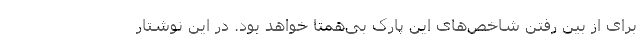
برای از بین رفتن شاخص‌های این پارک بی‌همتا خواهد بود. در این نوشتار